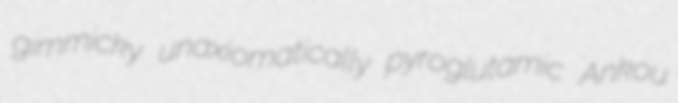
gimmicky unaxiomatically pyroglutamic Ankou